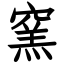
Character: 窯